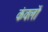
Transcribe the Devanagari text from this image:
कंवलों